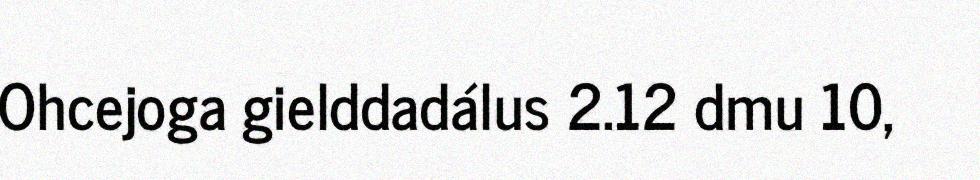
Ohcejoga gielddadálus 2.12 dmu 10,